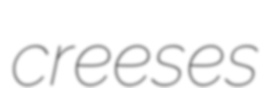
creeses